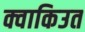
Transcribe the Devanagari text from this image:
क्वाकिउत